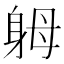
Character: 𨈶